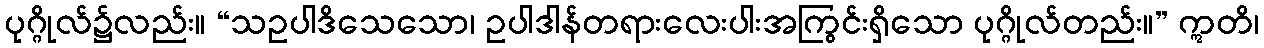
ပုဂ္ဂိုလ်၌လည်း။ “သဥပါဒိသေသော၊ ဥပါဒါန်တရားလေးပါးအကြွင်းရှိသော ပုဂ္ဂိုလ်တည်း။” ဣတိ၊